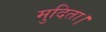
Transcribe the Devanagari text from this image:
मुदिता।